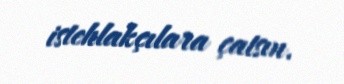
istehlakçılara çatsın.